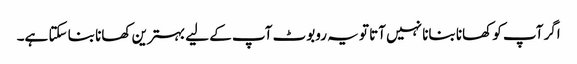
اگر آپ کو کھانا بنانا نہیں آتا تو یہ روبوٹ آپ کے لیے بہترین کھانا بنا سکتا ہے۔